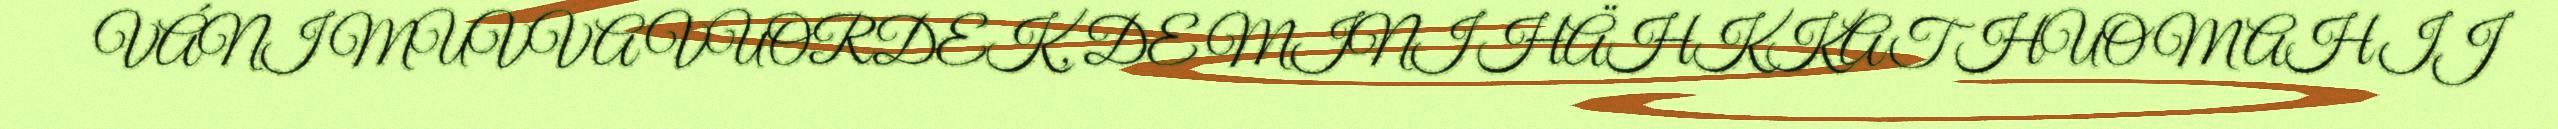
VÁNI MUVVA VUORDEK, DE MINI HÄHKKAT HUOMAHIJ